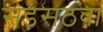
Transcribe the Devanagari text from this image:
सड़सठवां